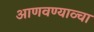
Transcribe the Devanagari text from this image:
आणवण्याव्चा